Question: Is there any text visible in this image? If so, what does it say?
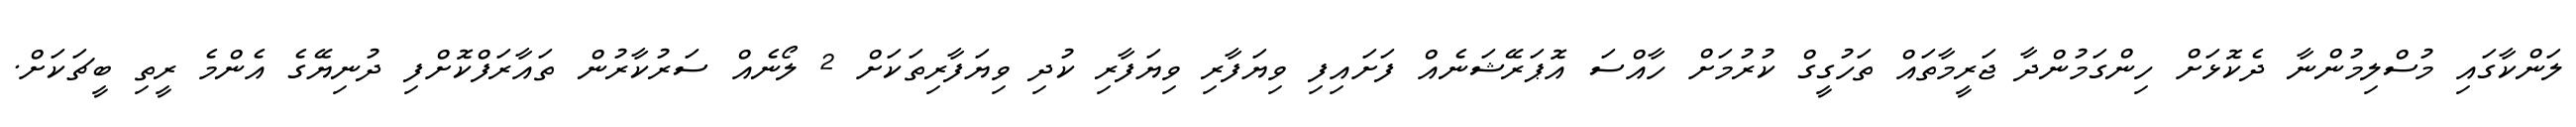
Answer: ލަންކާގައި މުސްލިމުންނާ ދެކޮޅަށް ހިންގަމުންދާ ޖަރީމާތައް ތަހުގީގް ކުރުމަށް ހާއްސަ އޮޕަރޭޝަނެއް ފަށައިފި ވިޔަފާރި ވިޔަފާރި ކުދި ވިޔަފާރިތަކަށް 2 ލޯނެއް ސަރުކާރުން ތައާރަފްކޮށްފި ދުނިޔޭގެ އެންމެ ރީތި ބީޗަކަށް.